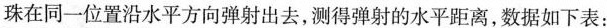
珠在同一位置沿水平方向弹射出去，测得弹射的水平距离，数据如下表：